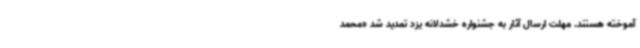
آموخته هستند. مهلت ارسال آثار به جشنواره خشدلانه یزد تمدید شد «محمد